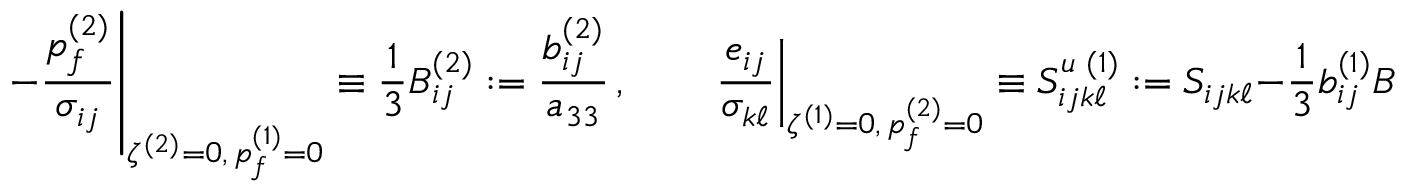
\left. - \frac { p _ { f } ^ { ( 2 ) } } { \sigma _ { i j } } \right| _ { \zeta ^ { ( 2 ) } = 0 , \, p _ { f } ^ { ( 1 ) } = 0 } \equiv \frac { 1 } { 3 } B _ { i j } ^ { ( 2 ) } : = \frac { b _ { i j } ^ { ( 2 ) } } { a _ { 3 3 } } \, , \qquad \left. \frac { e _ { i j } } { \sigma _ { k \ell } } \right| _ { \zeta ^ { ( 1 ) } = 0 , \, p _ { f } ^ { ( 2 ) } = 0 } \equiv S _ { i j k \ell } ^ { u \, \, ( 1 ) } : = S _ { i j k \ell } - \frac { 1 } { 3 } b _ { i j } ^ { ( 1 ) } B _ { k \ell } ^ { ( 1 ) }